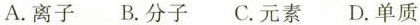
A.离子 B.分子 C.元素 D.单质